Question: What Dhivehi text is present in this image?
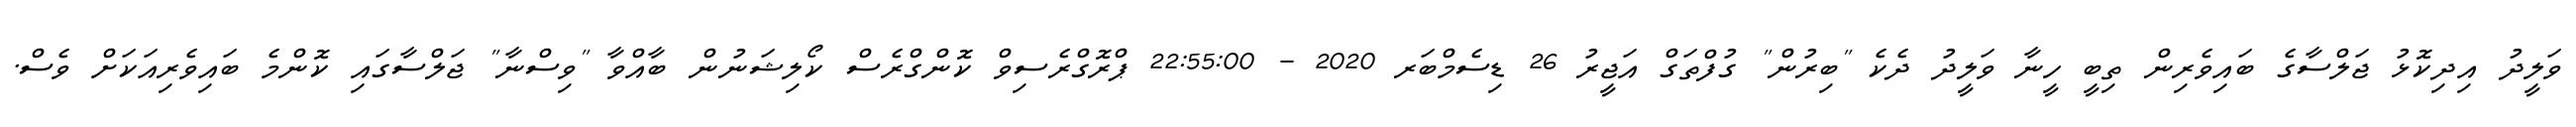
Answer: ވަލީދު އިދިކޮޅު ޖަލްސާގެ ބައިވެރިން ތިބީ ހީނާ ވަލީދު ދެކެ "ބިރުން" ގުފްތަގް އަޖީރު 26 ޑިސެމްބަރ 2020 - 22:55:00 ޕްރޮގްރެސިވް ކޮންގްރެސް ކޯލިޝަނުން ބާއްވާ "ވިސްނާ" ޖަލްސާގައި ކޮންމެ ބައިވެރިއަކަށް ވެސް.